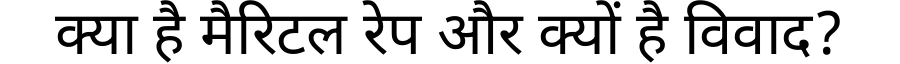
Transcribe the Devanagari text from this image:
क्या है मैरिटल रेप और क्यों है विवाद?